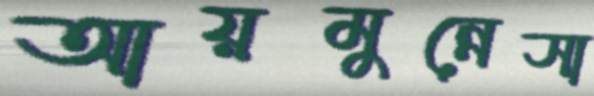
আয়মুন্নেসা